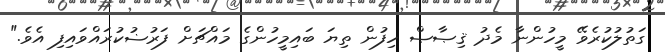
ގަތުލުކުރެވޭ މީހުންނާ މެދު ޤިޞާޞް ހިފުން ތިޔަ ބައިމީހުންގެ މައްޗަށް ފަރުޟުކުރައްވައިފި އެވެ."